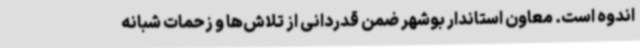
اندوه است. معاون استاندار بوشهر ضمن قدردانی از تلاش‌ها و زحمات شبانه